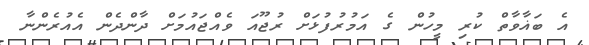
އެ ބަޣާވާތް ކުރި މީހުން ގެ އަމުރުފުޅަށް ރުޖޫއަ ވެއްޖައުމަށް ދާންދެން އެއުރެންނާ